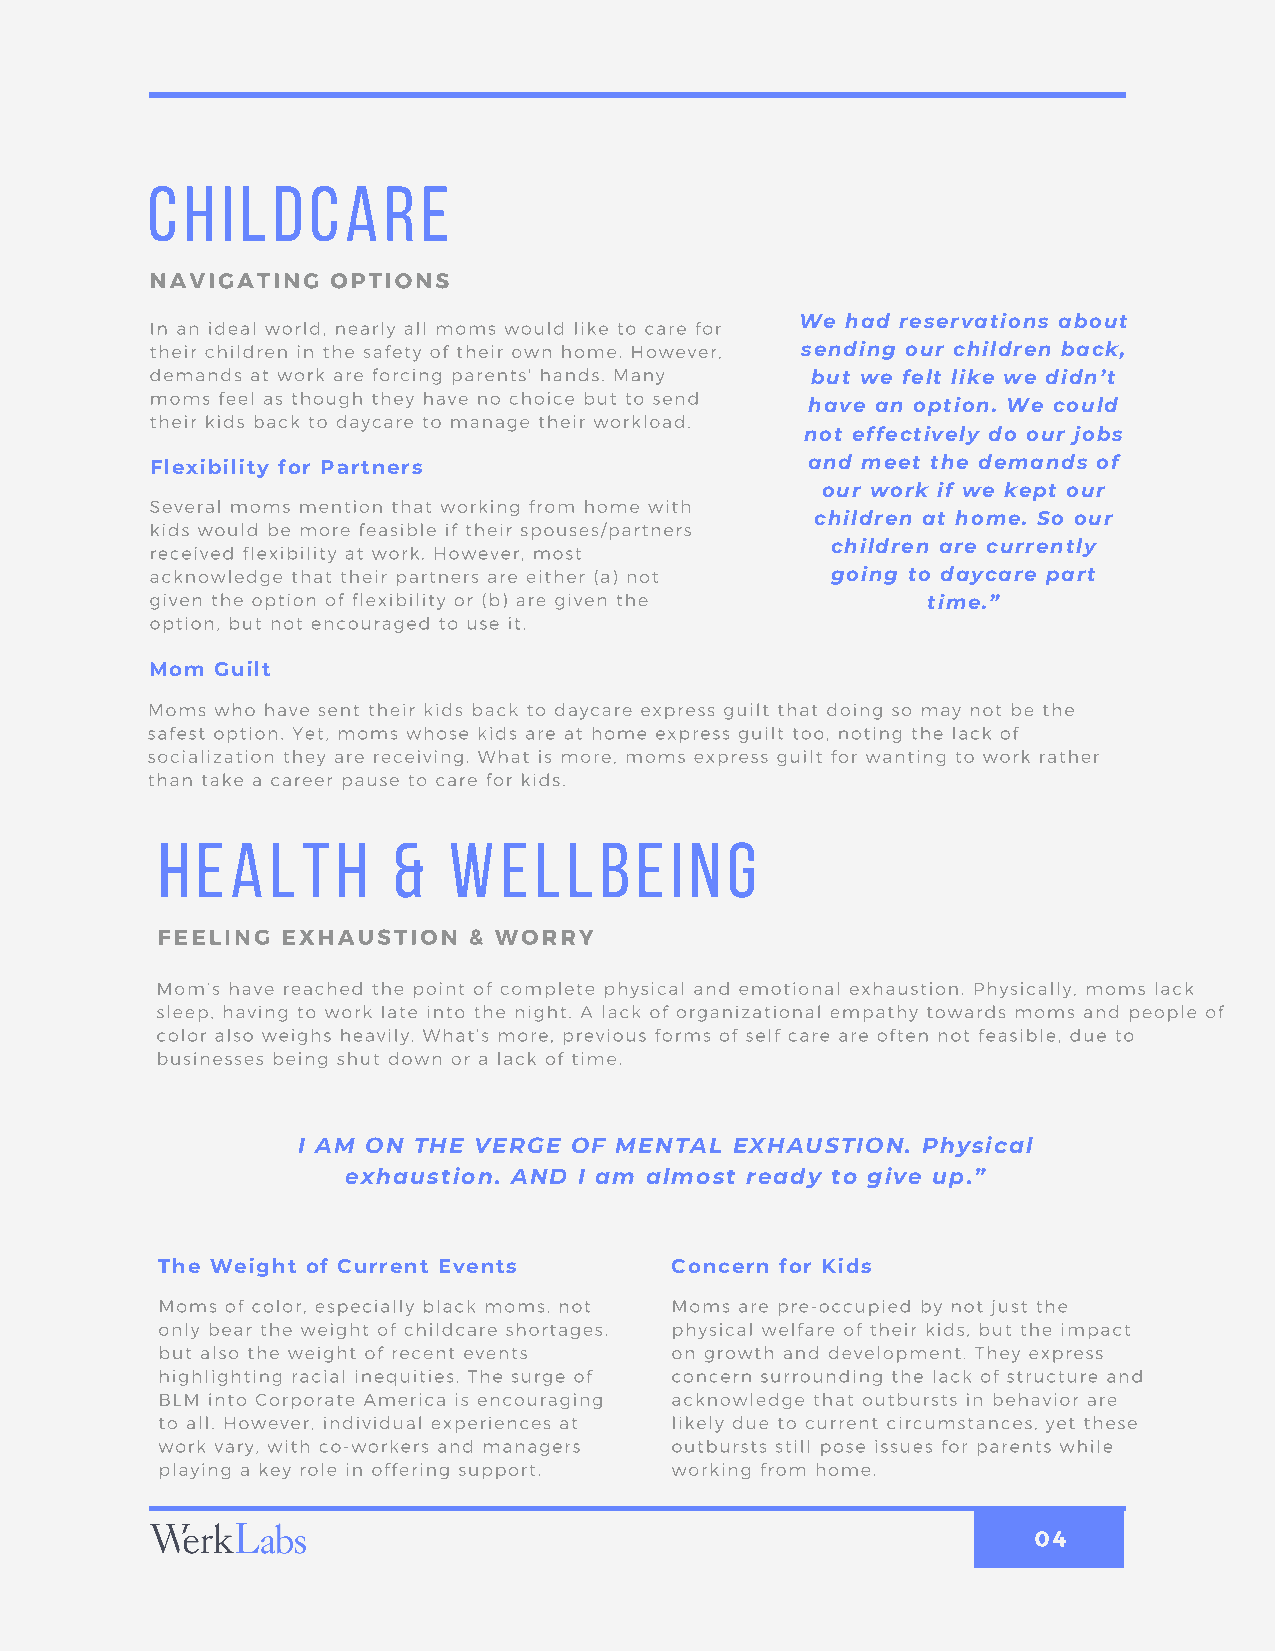
Childcare
 NAVIGATING  OPTIONS
 In an ideal world, nearly all moms would like to care for We had reservations about
 their children in the safety of their own home. However, sending our children back,
 demands at work are forcing parents' hands. Many but we felt like we didn’t
 moms feel as though they have no choice but to send
 have an option. We could
 their kids back to daycare to manage their workload.
 not effectively do our jobs
 Flexibility for Partners                   and meet the demands of
 our work if we kept our
 Several moms mention that working from home with
 children at home. So our
 kids would be more feasible if their spouses/partners
 received flexibility at work. However, most  children are currently
 acknowledge that their partners are either (a) not going to daycare part
 given the option of flexibility or (b) are given the time.”
 option, but not encouraged to use it.
 Mom Guilt
 Moms who have sent their kids back to daycare express guilt that doing so may not be the
 safest option. Yet, moms whose kids are at home express guilt too, noting the lack of
 socialization they are receiving. What is more, moms express guilt for wanting to work rather
 than take a career pause to care for kids.
 Health          &   Wellbeing
 FEELING  EXHAUSTION  & WORRY
 Mom’s have reached the point of complete physical and emotional exhaustion. Physically, moms lack
 sleep, having to work late into the night. A lack of organizational empathy towards moms and people of
 color also weighs heavily. What’s more, previous forms of self care are often not feasible, due to
 businesses being shut down or a lack of time.
 I AM ON THE VERGE OF MENTAL EXHAUSTION.  Physical
 exhaustion. AND I am almost ready to give up.”
 The Weight of Current Events      Concern for Kids
 Moms of color, especially black moms, not Moms are pre-occupied by not just the
 only bear the weight of childcare shortages, physical welfare of their kids, but the impact
 but also the weight of recent events on growth and development. They express
 highlighting racial inequities. The surge of concern surrounding the lack of structure and
 BLM into Corporate America is encouraging acknowledge that outbursts in behavior are
 to all. However, individual experiences at likely due to current circumstances, yet these
 work vary, with co-workers and managers outbursts still pose issues for parents while
 playing a key role in offering support. working from home.
 04